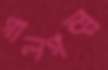
গালগল্প